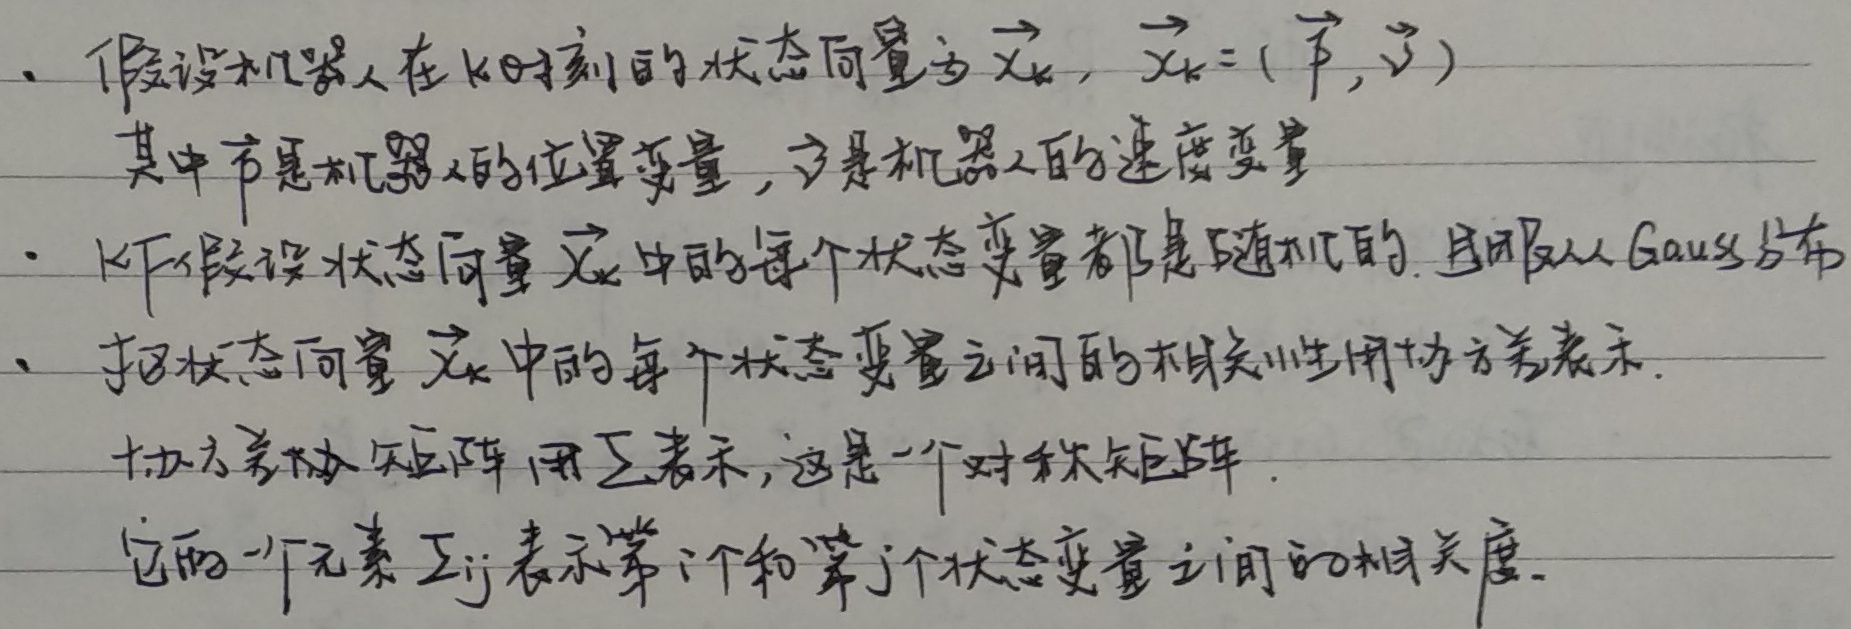
假设机器人在\(k\)时刻的状态向量为\(\vec{x}_k\)，\(\vec{x}_k = (\vec{p},\vec{v})\) ，其中\(\vec{p}\)是机器人的位置变量，\(\vec{v}\)是机器人的速度变量。

假设状态向量\(\vec{x}_k\)中的每个状态变量都是随机的，且服从Gauss分布。

把状态向量\(\vec{x}_k\)中的每个状态变量之间的相关性用协方差表示。 协方差矩阵用\(\Sigma\)表示，这是一个对称矩阵。 它的一个元素\(\Sigma_{ij}\)表示第\(i\)个和第\(j\)个状态变量之间的相关度。